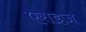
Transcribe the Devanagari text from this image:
एराइज़